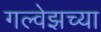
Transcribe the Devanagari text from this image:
गल्वेझच्या